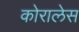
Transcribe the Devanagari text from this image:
कोरालेस